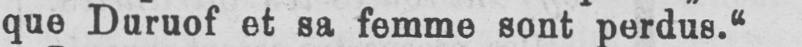
que Duruof et sa femme sont perdus.“